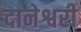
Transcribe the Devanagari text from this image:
दानेश्वरी